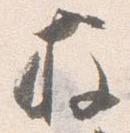
柱